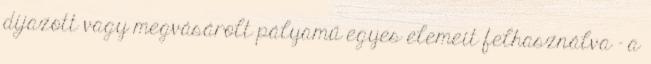
díjazott vagy megvásárolt pályamű egyes elemeit felhasználva - a